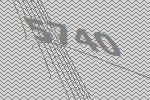
5740